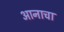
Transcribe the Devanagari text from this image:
आनाचा